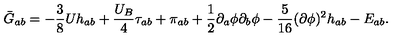
\bar { G } _ { a b } = - \frac { 3 } { 8 } U h _ { a b } + \frac { U _ { B } } { 4 } \tau _ { a b } + \pi _ { a b } + \frac { 1 } { 2 } \partial _ { a } \phi \partial _ { b } \phi - \frac { 5 } { 1 6 } ( \partial \phi ) ^ { 2 } h _ { a b } - E _ { a b } .